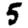
Digit: 5